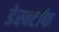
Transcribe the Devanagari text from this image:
डेस्क्टॉफ